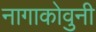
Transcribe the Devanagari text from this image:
नागाकोवुनी